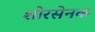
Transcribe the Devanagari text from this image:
शोरसेनक